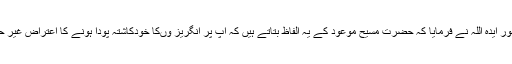
حضور انور ایدہ اللہ نے فرمایا کہ حضرت مسیح موعودؑ کے یہ الفاظ بتاتے ہیں کہ آپؑ پر انگریز وںکا خودکاشتہ پودا ہونے کا اعتراض غیر حقیقی ہے۔